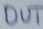
Text: OUT